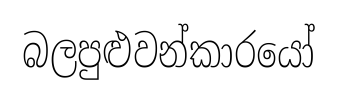
බලපුළුවන්කාරයෝ